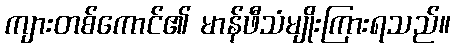
ကျားတစ်ကောင်၏ မာန်ဖီသံမျိုးကြားရသည်။